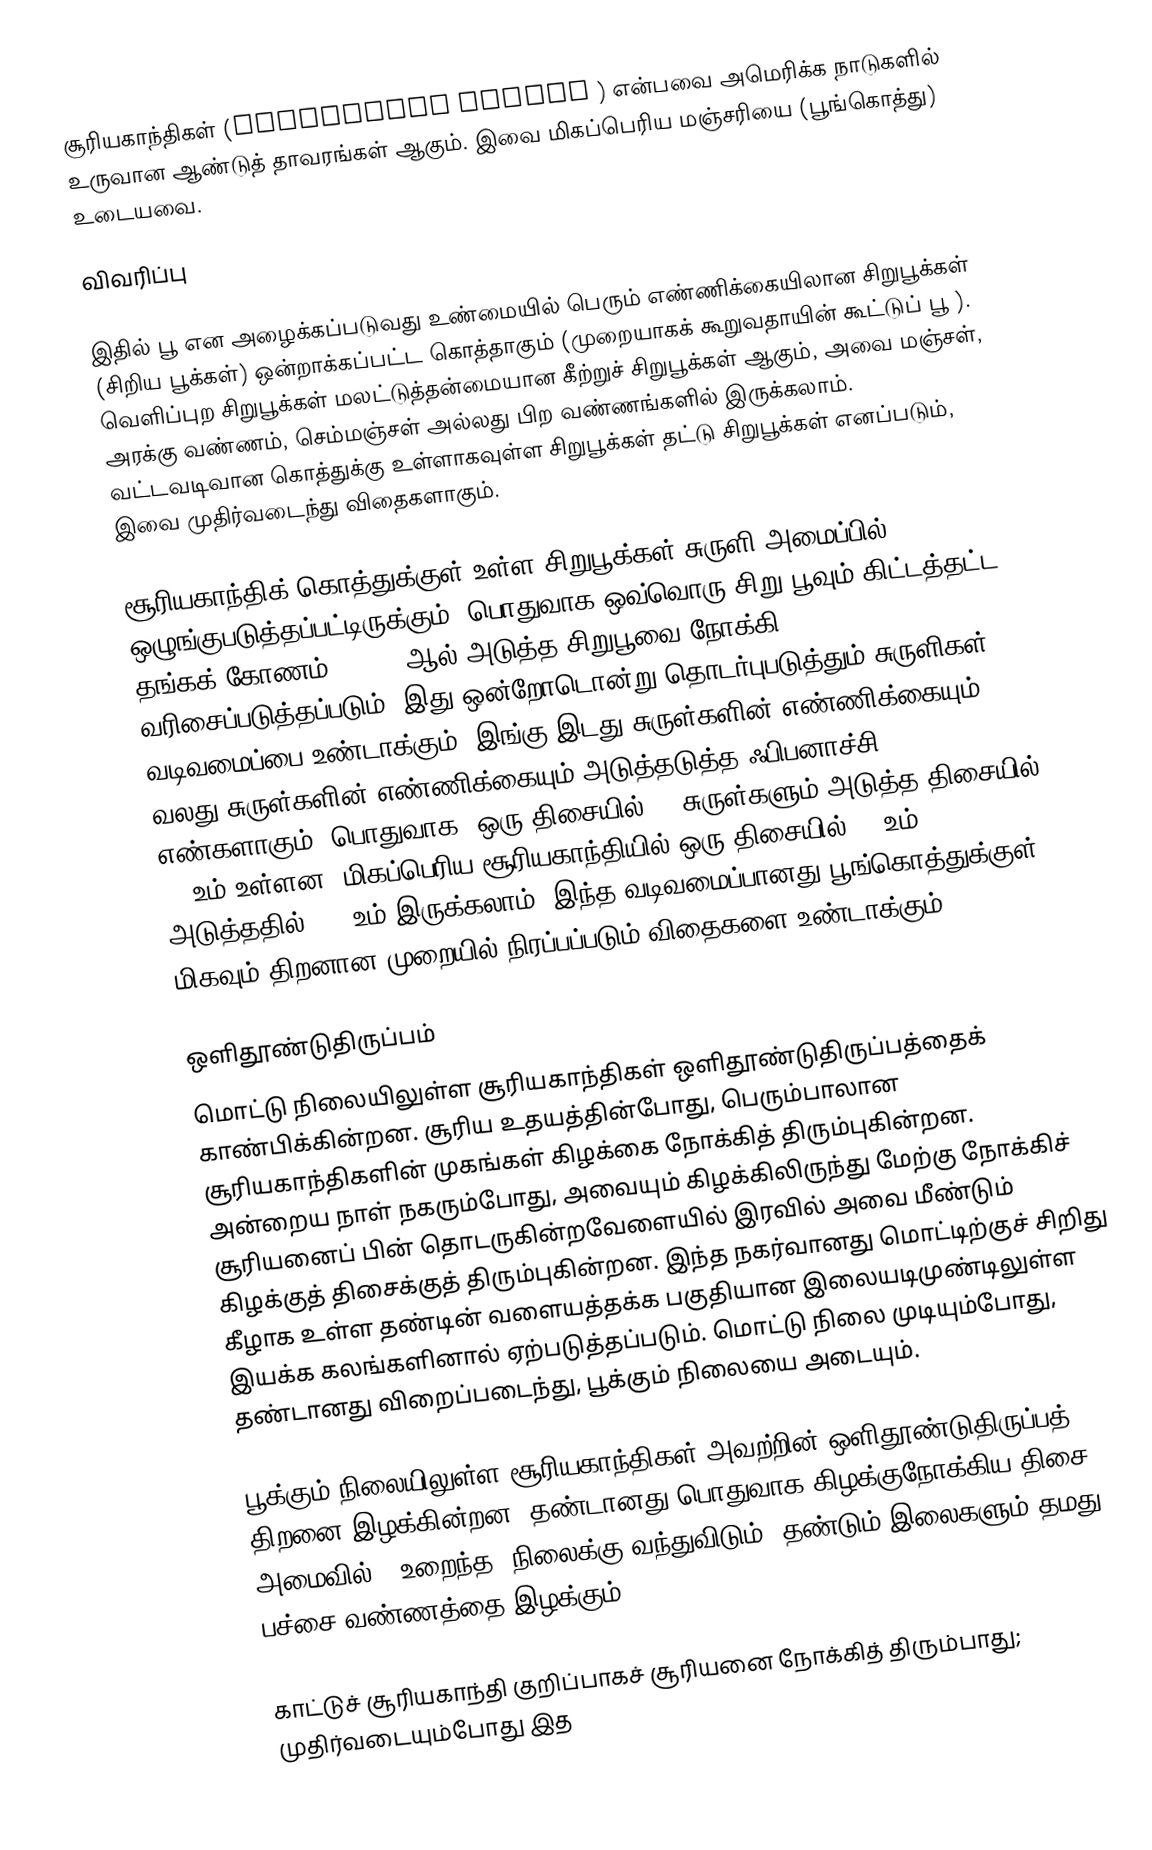
சூரியகாந்திகள்  (Helianthus annuus ) என்பவை  அமெரிக்க நாடுகளில் உருவான ஆண்டுத் தாவரங்கள் ஆகும். இவை மிகப்பெரிய மஞ்சரியை (பூங்கொத்து) உடையவை.

விவரிப்பு

இதில் பூ என அழைக்கப்படுவது உண்மையில் பெரும் எண்ணிக்கையிலான சிறுபூக்கள் (சிறிய பூக்கள்) ஒன்றாக்கப்பட்ட கொத்தாகும் (முறையாகக் கூறுவதாயின் கூட்டுப் பூ ). வெளிப்புற சிறுபூக்கள் மலட்டுத்தன்மையான கீற்றுச் சிறுபூக்கள் ஆகும், அவை மஞ்சள், அரக்கு வண்ணம், செம்மஞ்சள் அல்லது பிற வண்ணங்களில் இருக்கலாம். வட்டவடிவான கொத்துக்கு உள்ளாகவுள்ள சிறுபூக்கள் தட்டு சிறுபூக்கள்  எனப்படும், இவை முதிர்வடைந்து விதைகளாகும்.

சூரியகாந்திக் கொத்துக்குள் உள்ள சிறுபூக்கள் சுருளி அமைப்பில் ஒழுங்குபடுத்தப்பட்டிருக்கும். பொதுவாக ஒவ்வொரு சிறு பூவும் கிட்டத்தட்ட தங்கக் கோணம் 137.5° ஆல் அடுத்த சிறுபூவை நோக்கி வரிசைப்படுத்தப்படும், இது ஒன்றோடொன்று தொடர்புபடுத்தும் சுருளிகள் வடிவமைப்பை உண்டாக்கும். இங்கு இடது சுருள்களின் எண்ணிக்கையும் வலது சுருள்களின் எண்ணிக்கையும் அடுத்தடுத்த ஃபிபனாச்சி எண்களாகும். பொதுவாக, ஒரு திசையில் 34 சுருள்களும் அடுத்த திசையில் 55 உம் உள்ளன; மிகப்பெரிய சூரியகாந்தியில் ஒரு திசையில் 89 உம் அடுத்ததில் 144 உம் இருக்கலாம். இந்த வடிவமைப்பானது பூங்கொத்துக்குள் மிகவும் திறனான முறையில் நிரப்பப்படும் விதைகளை உண்டாக்கும்.

ஒளிதூண்டுதிருப்பம்
மொட்டு நிலையிலுள்ள சூரியகாந்திகள் ஒளிதூண்டுதிருப்பத்தைக் காண்பிக்கின்றன. சூரிய உதயத்தின்போது, பெரும்பாலான சூரியகாந்திகளின் முகங்கள் கிழக்கை நோக்கித் திரும்புகின்றன. அன்றைய நாள் நகரும்போது, அவையும் கிழக்கிலிருந்து மேற்கு நோக்கிச் சூரியனைப் பின் தொடருகின்றவேளையில் இரவில் அவை மீண்டும் கிழக்குத் திசைக்குத் திரும்புகின்றன. இந்த நகர்வானது மொட்டிற்குச் சிறிது கீழாக உள்ள தண்டின் வளையத்தக்க பகுதியான இலையடிமுண்டிலுள்ள இயக்க கலங்களினால் ஏற்படுத்தப்படும். மொட்டு நிலை முடியும்போது, தண்டானது விறைப்படைந்து, பூக்கும் நிலையை அடையும்.

பூக்கும் நிலையிலுள்ள சூரியகாந்திகள் அவற்றின் ஒளிதூண்டுதிருப்பத் திறனை இழக்கின்றன. தண்டானது பொதுவாக கிழக்குநோக்கிய திசை அமைவில், "உறைந்த" நிலைக்கு வந்துவிடும். தண்டும் இலைகளும் தமது பச்சை வண்ணத்தை இழக்கும்.

காட்டுச் சூரியகாந்தி குறிப்பாகச் சூரியனை நோக்கித் திரும்பாது; முதிர்வடையும்போது இத